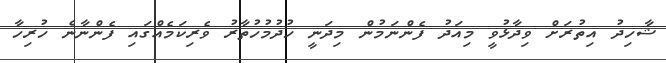
ޝާހިދު އިތުރަށް ވިދާޅުވީ މިއަދު ފެންނަމުން މިދަނީ ހުދުމުހުތާރު ވެރިކަމެއްގައި ފެންނާނެ ހުރިހާ